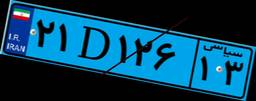
۱۳D۴۳۳۴۷